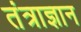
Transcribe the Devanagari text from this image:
तंत्राज्ञान